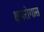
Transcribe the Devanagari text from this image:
क्षयरोगास